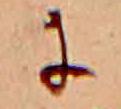
に